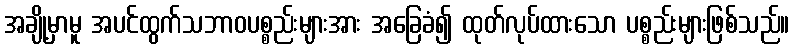
အချို့မှာမူ အပင်ထွက်သဘာဝပစ္စည်းများအား အခြေခံ၍ ထုတ်လုပ်ထားသော ပစ္စည်းများဖြစ်သည်။